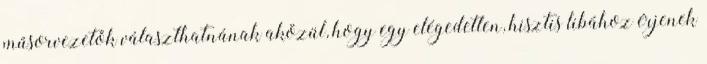
műsorvezetők választhatnának aközül, hogy egy elégedetlen, hisztis libához érjenek